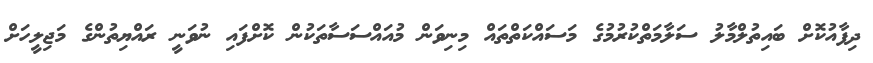
ދިފާއުކޮށް ބައިތުލްމާލު ސަލާމަތްކުރުމުގެ މަސައްކަތްތައް މިނިވަން މުއައްސަސާތަކުން ކޮށްފައި ނުވަނީ ރައްޔިތުންގެ މަޖިލީހަށް